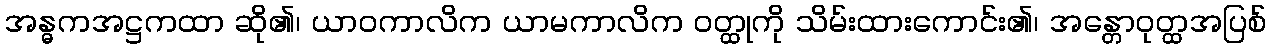
အန္ဓကအဋ္ဌကထာ ဆို၏၊ ယာဝကာလိက ယာမကာလိက ဝတ္ထုကို သိမ်းထားကောင်း၏၊ အန္တောဝုတ္ထအပြစ်